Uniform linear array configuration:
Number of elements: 8
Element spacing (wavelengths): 1
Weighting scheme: binomial
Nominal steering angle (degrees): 60
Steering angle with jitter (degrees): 59.271
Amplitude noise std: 0.05
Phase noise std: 0.05

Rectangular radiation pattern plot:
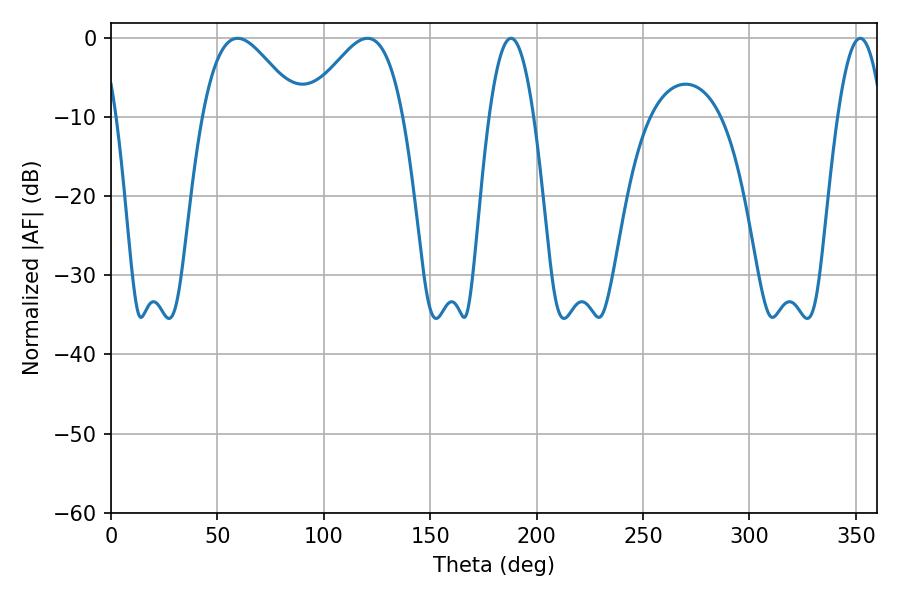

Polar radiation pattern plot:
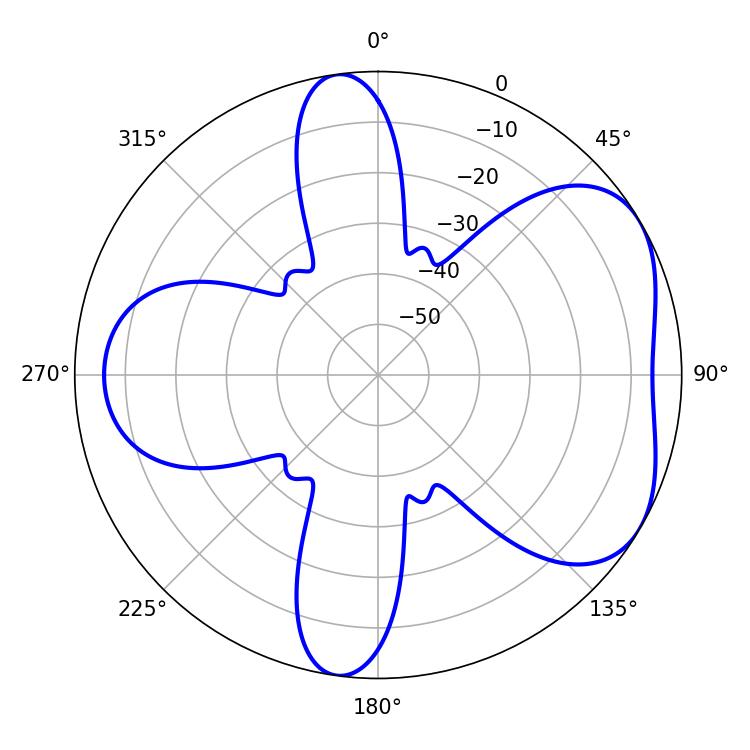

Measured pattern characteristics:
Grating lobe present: TRUE
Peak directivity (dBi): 4.937
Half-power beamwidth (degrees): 11.34
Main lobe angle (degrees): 187.92